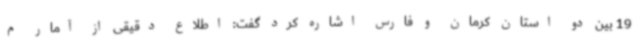
19 بین دو استان کرمان و فارس اشاره کرد گفت: اطلاع دقیقی از آمار م